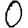
Digit: 0